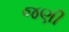
જણી